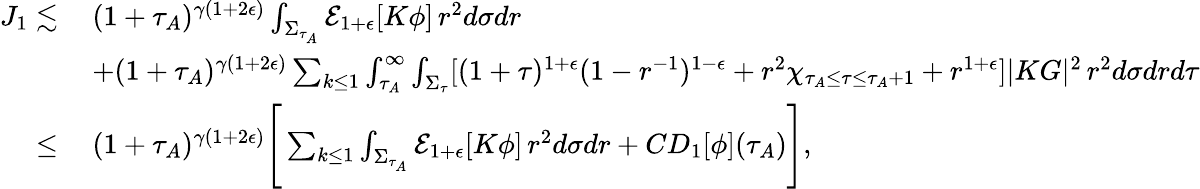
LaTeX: \begin{array}{rl}{J_{1}\lesssim}&{\: (1+\tau_{A})^{\gamma(1+2\epsilon)}\int_{\Sigma_{\tau_{A}}}\mathcal{E}_{1+\epsilon}[K\phi]\, r^{2}d\sigma dr}\\ &{\: +(1+\tau_{A})^{\gamma(1+2\epsilon)}\sum_{k\leq 1}\int_{\tau_{A}}^{\infty}\int_{\Sigma_{\tau}}[(1+\tau)^{1+\epsilon}(1-r^{-1})^{1-\epsilon}+r^{2}\chi_{\tau_{A}\leq\tau\leq\tau_{A}+1}+r^{1+\epsilon}]|KG|^{2}\, r^{2}d\sigma drd\tau}\\ {\leq}&{\: (1+\tau_{A})^{\gamma(1+2\epsilon)}\Bigg[\sum_{k\leq 1}\int_{\Sigma_{\tau_{A}}}\mathcal{E}_{1+\epsilon}[K\phi]\, r^{2}d\sigma dr+CD_{1}[\phi](\tau_{A})\Bigg],}\end{array}